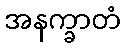
အနက္ခာတံ